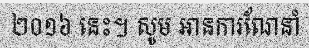
២០១៦ នេះ។ សូម អានការណែនាំ